Lunatic asylums in Bengal annual reports 1888-1898 - 1888-1898
Year: 1888
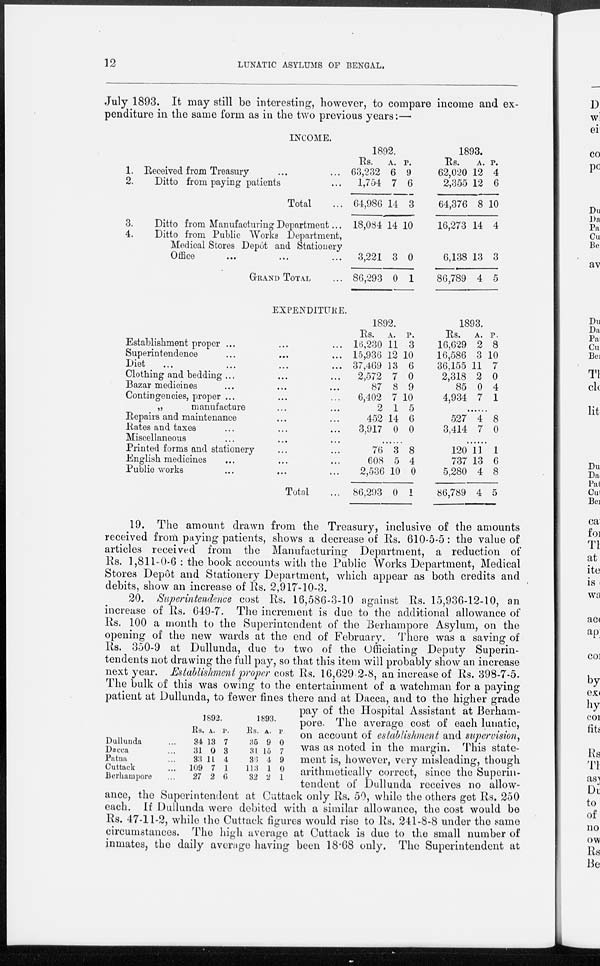
12
LUNATIC ASYLUMS OF BENGAL.
July 1893. It may still be interesting, however, to compare income and ex-
penditure in the same form as in the two previous years:—
INCOME.
1.
2.
3.
4.
Received from Treasury ... ...
Ditto from paying patients ...
Total ...
Ditto from Manufacturing Department...
Ditto from Public Works Department,
Medical Stores Depôt and Stationery
Office ... ... ...
GRAND TOTAL ...
1892.
Rs.
63,232
1,754
64,986
18,084
3,221
86,293
A.
6
7
14
14
3
0
P.
9
6
3
10
0
1
1893.
Rs.
62,020
2,355
64,376
16,273
6,138
86,789
A.
12
12
8
14
13
4
P.
4
6
10
4
3
5
EXPENDITURE.
Establishment proper ... ... ...
Superintendence ... ... ...
Diet ... ... ... ...
Clothing and bedding ... ... ...
Bazar medicines ... ... ...
Contingencies, proper ... ... ...
„
manufacture ... ...
Repairs and maintenance ... ...
Rates and taxes ... ... ...
Miscellaneous ... ... ...
Printed forms and stationery ... ...
English medicines ... ... ...
Public works ... ... ...
Total ...
1892.
Rs.
16,230
15,936
37,469
2,572
87
6,402
2
452
3,917
A.
11
12
13
7
8
7
1
14
0
P.
3
10
6
0
9
10
5
6
0
......
76
608
2,536
86,293
3
5
10
0
8
4
0
1
1893.
Rs.
16,629
16,586
36,155
2,318
85
4,934
A.
2
3
11
2
0
7
P.
8
10
7
0
4
1
......
527
3,414
4
7
8
0
......
120
737
5,280
86,789
11
13
4
4
1
6
8
5
19. The amount drawn from the Treasury, inclusive of the amounts
received from paying patients, shows a decrease of Rs. 610-5-5 : the value of
articles received from the Manufacturing Department, a reduction of
Rs. 1,811-0-6 : the book accounts with the Public Works Department, Medical
Stores Depôt and Stationery Department, which appear as both credits and
debits, show an increase of Rs. 2,917-10-3.
Dullunda ...
Dacca ...
Patna ...
Cuttack ...
Berhampore ...
1892.
Rs.
34
31
33
109
27
A.
13
0
11
7
2
P.
7
3
4
1
6
1893.
Rs.
35
31
36
113
32
A.
9
15
4
1
2
P.
0
7
9
0
1
20. Superintendence cost Rs. 16,586-3-10 against Rs. 15,936-12-10, an
increase of Rs. 649-7. The increment is due to the additional allowance of
Rs. 100 a month to the Superintendent of the Berhampore Asylum, on the
opening of the new wards at the end of February. There was a saving of
Rs. 350-9 at Dullunda, due to two of the Officiating Deputy Superin-
tendents not drawing the full pay, so that this item will probably show an increase
next year. Establishment proper cost Rs. 16,629 2-8, an increase of Rs. 398-7-5.
The bulk of this was owing to the entertainment of a watchman for a paying
patient at Dullunda, to fewer fines there and at Dacca, and to the higher grade
pay of the Hospital Assistant at Berham-
pore. The average cost of each lunatic,
on account of establishment and supervision,
was as noted in the margin. This state-
ment is, however, very misleading, though
arithmetically correct, since the Superin-
tendent of Dullunda receives no allow-
ance, the Superintendent at Cuttack only Rs. 50, while the others get Rs. 250
each. If Dullunda were debited with a similar allowance, the cost would be
Rs. 47-11-2, while the Cuttack figures would rise to Rs. 241-8-8 under the same
circumstances. The high average at Cuttack is due to the small number of
inmates, the daily average having been 18.68 only. The Superintendent at